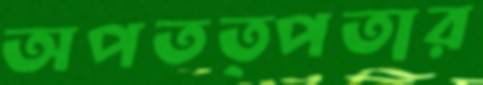
অপতত্পতার